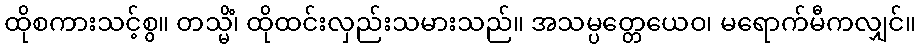
ထိုစကားသင့်စွ။ တသ္မိံ၊ ထိုထင်းလှည်းသမားသည်။ အသမ္ပတ္တေယေဝ၊ မရောက်မီကလျှင်။